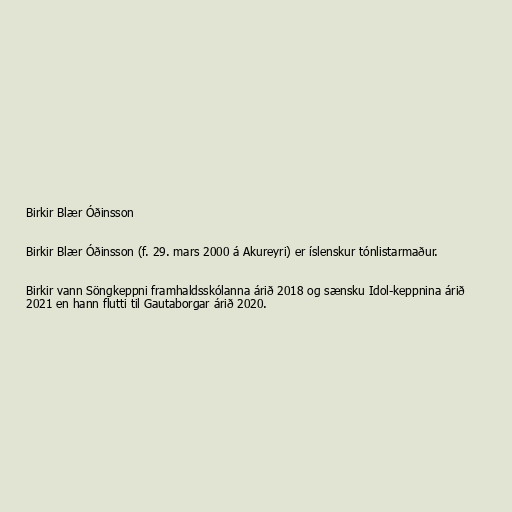
Birkir Blær Óðinsson

Birkir Blær Óðinsson (f. 29. mars 2000 á Akureyri) er íslenskur tónlistarmaður.

Birkir vann Söngkeppni framhaldsskólanna árið 2018 og sænsku Idol-keppnina árið
2021 en hann flutti til Gautaborgar árið 2020.